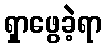
ရှာဖွေခဲ့ရာ